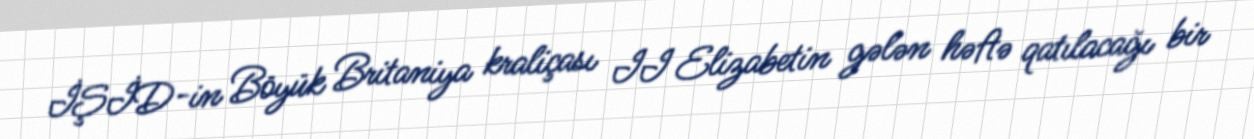
İŞİD-in Böyük Britaniya kraliçası II Elizabetin gələn həftə qatılacağı bir